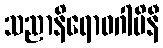
သညာနိရောဓဂါမိနီ